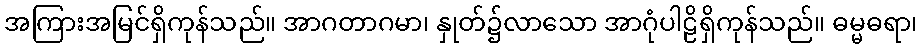
အကြားအမြင်ရှိကုန်သည်။ အာဂတာဂမာ၊ နှုတ်၌လာသော အာဂုံပါဠိရှိကုန်သည်။ ဓမ္မဓရာ၊